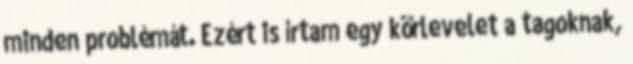
minden problémát. Ezért is írtam egy körlevelet a tagoknak,